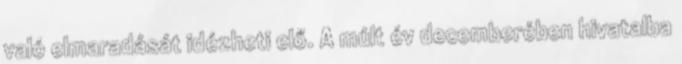
való elmaradását idézheti elő. A múlt év decemberében hivatalba